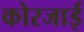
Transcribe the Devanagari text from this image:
कोरजाई